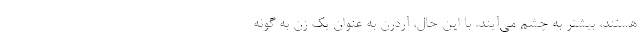
هستند، بیشتر به چشم می‌آیند. با این حال، آردرن به عنوان یک زن به گونه